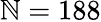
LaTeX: \mathbb{N}=188